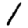
Digit: 1